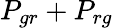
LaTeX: P_{gr}+P_{rg}